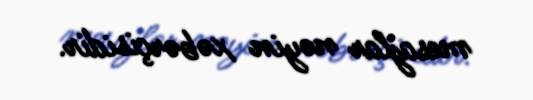
mesajlar nəyin xəbərçisidir.